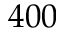
4 0 0